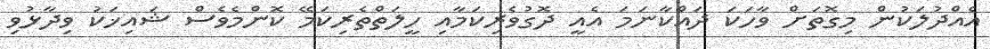
އެއްދުލަކުން މިގޮތަށް ވާހަކަ ދައްކާނަމަ އެއީ ދޮގުވެރިކަމާއި ހީލަތްތެރިކަމޭ ކޮންމެވެސް ޝައިޚަކު ވިދާޅުވި